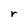
Character: r